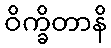
ဝိက္ခိတာနိ